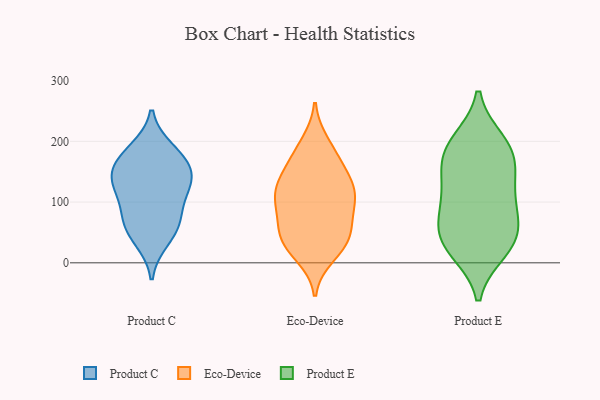
{"axis": {"x": "Latency (ms)", "y": "Value"}, "legend": ["Eco-Device", "Product C", "Product E"], "data": [{"x": "", "y": 171, "type": "Product C"}, {"x": "", "y": 143, "type": "Product C"}, {"x": "", "y": 168, "type": "Product C"}, {"x": "", "y": 186, "type": "Product C"}, {"x": "", "y": 128, "type": "Product C"}, {"x": "", "y": 121, "type": "Product C"}, {"x": "", "y": 64, "type": "Product C"}, {"x": "", "y": 38, "type": "Product C"}, {"x": "", "y": 136, "type": "Product C"}, {"x": "", "y": 85, "type": "Product C"}, {"x": "", "y": 62, "type": "Product C"}, {"x": "", "y": 182, "type": "Eco-Device"}, {"x": "", "y": 46, "type": "Eco-Device"}, {"x": "", "y": 59, "type": "Eco-Device"}, {"x": "", "y": 119, "type": "Eco-Device"}, {"x": "", "y": 28, "type": "Eco-Device"}, {"x": "", "y": 137, "type": "Eco-Device"}, {"x": "", "y": 197, "type": "Eco-Device"}, {"x": "", "y": 167, "type": "Eco-Device"}, {"x": "", "y": 114, "type": "Eco-Device"}, {"x": "", "y": 103, "type": "Eco-Device"}, {"x": "", "y": 88, "type": "Eco-Device"}, {"x": "", "y": 148, "type": "Eco-Device"}, {"x": "", "y": 33, "type": "Eco-Device"}, {"x": "", "y": 35, "type": "Eco-Device"}, {"x": "", "y": 66, "type": "Eco-Device"}, {"x": "", "y": 123, "type": "Eco-Device"}, {"x": "", "y": 12, "type": "Eco-Device"}, {"x": "", "y": 103, "type": "Eco-Device"}, {"x": "", "y": 190, "type": "Product E"}, {"x": "", "y": 160, "type": "Product E"}, {"x": "", "y": 119, "type": "Product E"}, {"x": "", "y": 45, "type": "Product E"}, {"x": "", "y": 21, "type": "Product E"}, {"x": "", "y": 32, "type": "Product E"}, {"x": "", "y": 106, "type": "Product E"}, {"x": "", "y": 68, "type": "Product E"}, {"x": "", "y": 154, "type": "Product E"}, {"x": "", "y": 33, "type": "Product E"}, {"x": "", "y": 85, "type": "Product E"}, {"x": "", "y": 199, "type": "Product E"}, {"x": "", "y": 187, "type": "Product E"}]}